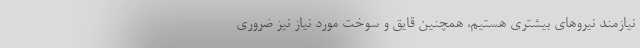
نیازمند نیروهای بیشتری هستیم، همچنین قایق و سوخت مورد نیاز نیز ضروری